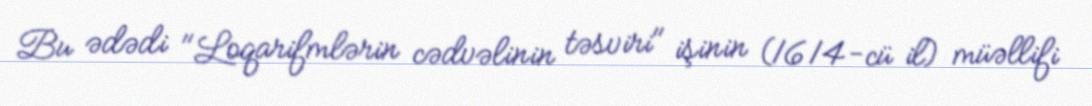
Bu ədədi "Loqarifmlərin cədvəlinin təsviri" işinin (1614-cü il) müəllifi